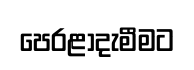
පෙරළාදැමීමට